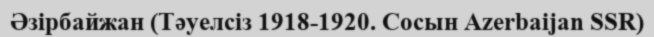
Әзірбайжан (Тәуелсіз 1918-1920. Сосын Azerbaijan SSR)